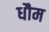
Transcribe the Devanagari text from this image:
धौम